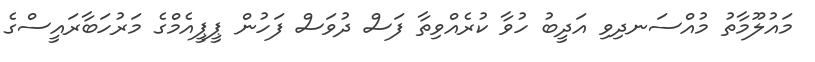
މައުލޫމާތު މުއްސަނދިވި އަދީބު ހުވާ ކުރެއްވިތާ ފަސް ދުވަސް ފަހުން ޕީޕީއެމްގެ މަރުހަބާރައީސްގެ